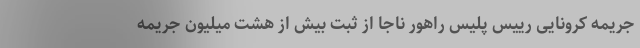
جریمه کرونایی رییس پلیس راهور ناجا از ثبت بیش از هشت میلیون جریمه